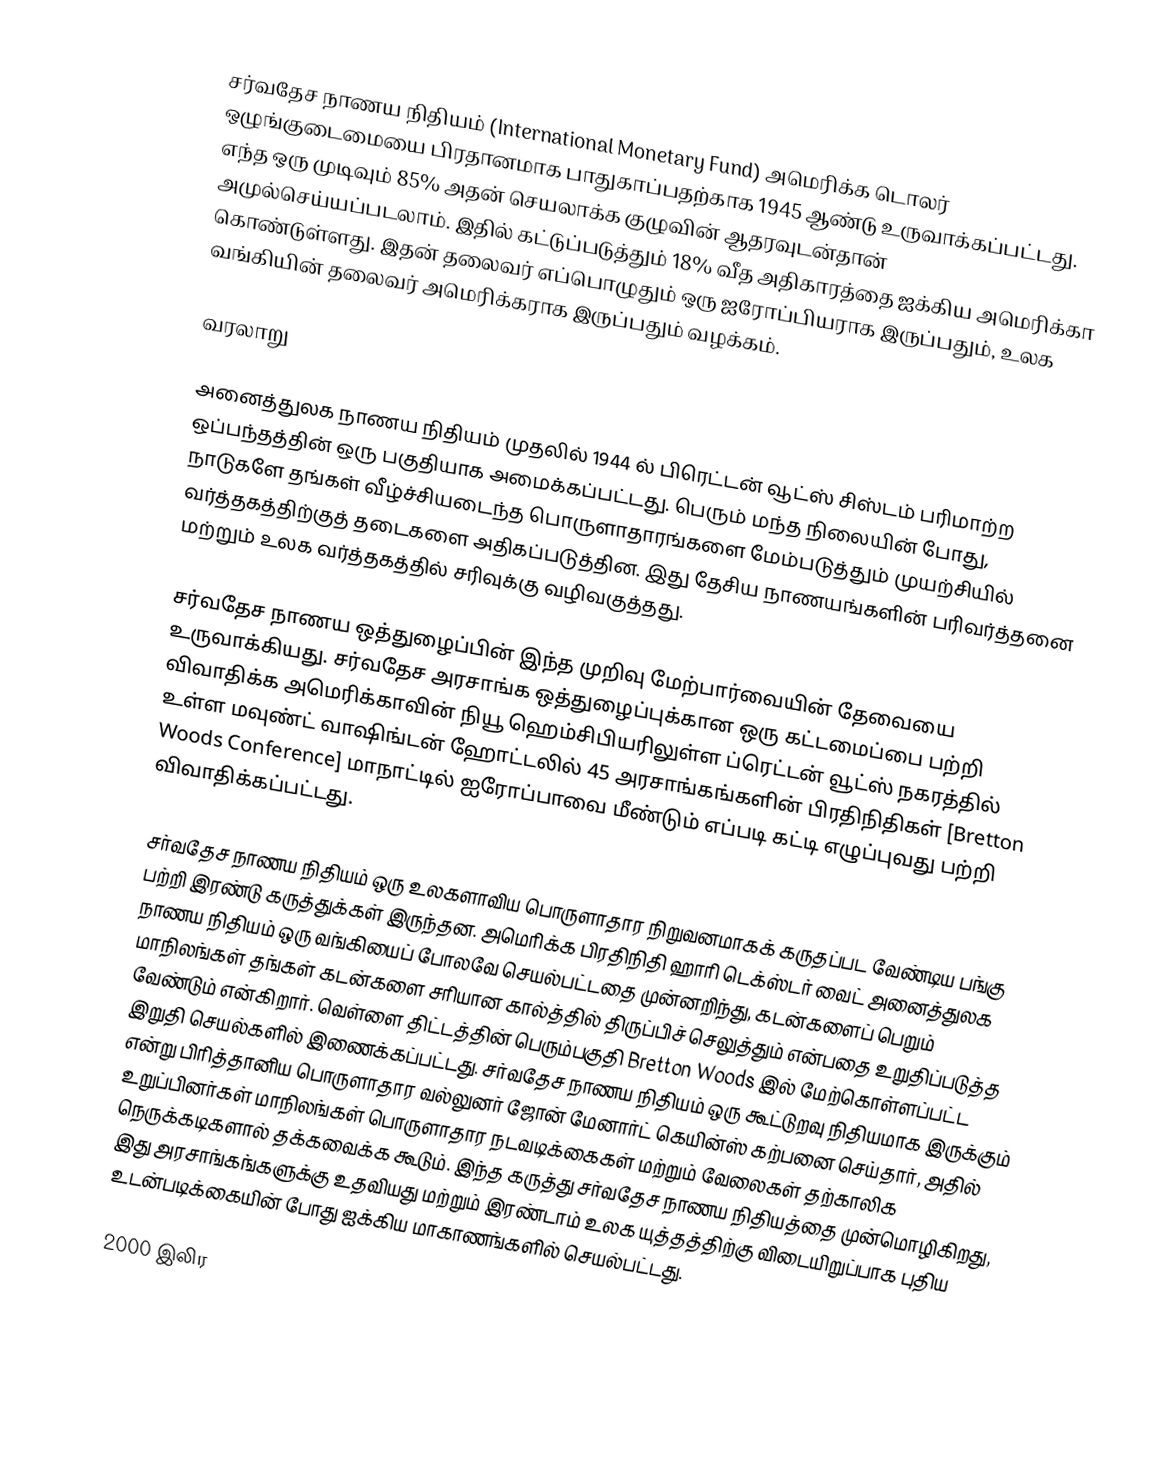
சர்வதேச நாணய நிதியம் (International Monetary Fund) அமெரிக்க டொலர் ஒழுங்குடைமையை பிரதானமாக பாதுகாப்பதற்காக 1945 ஆண்டு உருவாக்கப்பட்டது. எந்த ஒரு முடிவும் 85% அதன் செயலாக்க குழுவின் ஆதரவுடன்தான் அமுல்செய்யப்படலாம். இதில் கட்டுப்படுத்தும் 18% வீத அதிகாரத்தை ஐக்கிய அமெரிக்கா கொண்டுள்ளது. இதன் தலைவர் எப்பொழுதும் ஒரு ஐரோப்பியராக இருப்பதும், உலக வங்கியின் தலைவர் அமெரிக்கராக இருப்பதும் வழக்கம்.

வரலாறு

அனைத்துலக நாணய நிதியம் முதலில் 1944 ல் பிரெட்டன் வூட்ஸ் சிஸ்டம் பரிமாற்ற ஒப்பந்தத்தின் ஒரு பகுதியாக அமைக்கப்பட்டது. பெரும் மந்த நிலையின் போது, நாடுகளே தங்கள் வீழ்ச்சியடைந்த  பொருளாதாரங்களை மேம்படுத்தும் முயற்சியில் வர்த்தகத்திற்குத் தடைகளை அதிகப்படுத்தின. இது தேசிய நாணயங்களின் பரிவர்த்தனை மற்றும் உலக வர்த்தகத்தில் சரிவுக்கு வழிவகுத்தது.

சர்வதேச நாணய ஒத்துழைப்பின் இந்த முறிவு மேற்பார்வையின் தேவையை உருவாக்கியது. சர்வதேச அரசாங்க ஒத்துழைப்புக்கான ஒரு கட்டமைப்பை பற்றி விவாதிக்க அமெரிக்காவின் நியூ ஹெம்சிபியரிலுள்ள ப்ரெட்டன் வூட்ஸ் நகரத்தில் உள்ள மவுண்ட் வாஷிங்டன் ஹோட்டலில் 45 அரசாங்கங்களின் பிரதிநிதிகள் [Bretton Woods Conference] மாநாட்டில் ஐரோப்பாவை மீண்டும் எப்படி கட்டி எழுப்புவது பற்றி விவாதிக்கப்பட்டது.

சர்வதேச நாணய நிதியம் ஒரு உலகளாவிய பொருளாதார நிறுவனமாகக் கருதப்பட வேண்டிய பங்கு பற்றி இரண்டு கருத்துக்கள் இருந்தன. அமெரிக்க பிரதிநிதி ஹாரி டெக்ஸ்டர் வைட் அனைத்துலக நாணய நிதியம் ஒரு வங்கியைப் போலவே செயல்பட்டதை முன்னறிந்து, கடன்களைப்  பெறும் மாநிலங்கள்  தங்கள் கடன்களை சரியான கால்த்தில் திருப்பிச் செலுத்தும் என்பதை உறுதிப்படுத்த வேண்டும் என்கிறார். வெள்ளை திட்டத்தின் பெரும்பகுதி Bretton Woods இல் மேற்கொள்ளப்பட்ட இறுதி செயல்களில் இணைக்கப்பட்டது. சர்வதேச நாணய நிதியம் ஒரு கூட்டுறவு நிதியமாக இருக்கும் என்று பிரித்தானிய பொருளாதார வல்லுனர் ஜோன் மேனார்ட் கெயின்ஸ் கற்பனை செய்தார், அதில் உறுப்பினர்கள் மாநிலங்கள் பொருளாதார நடவடிக்கைகள் மற்றும் வேலைகள் தற்காலிக நெருக்கடிகளால் தக்கவைக்க கூடும். இந்த கருத்து சர்வதேச நாணய நிதியத்தை முன்மொழிகிறது, இது அரசாங்கங்களுக்கு உதவியது மற்றும் இரண்டாம் உலக யுத்தத்திற்கு விடையிறுப்பாக புதிய உடன்படிக்கையின் போது ஐக்கிய மாகாணங்களில் செயல்பட்டது.

2000 இலிர